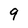
Character: 9